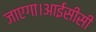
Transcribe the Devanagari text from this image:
जाएगा।आईसीसी